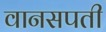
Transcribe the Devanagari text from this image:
वानसपती